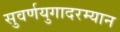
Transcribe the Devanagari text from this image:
सुवर्णयुगादरम्यान